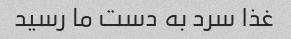
غذا سرد به دست ما رسید